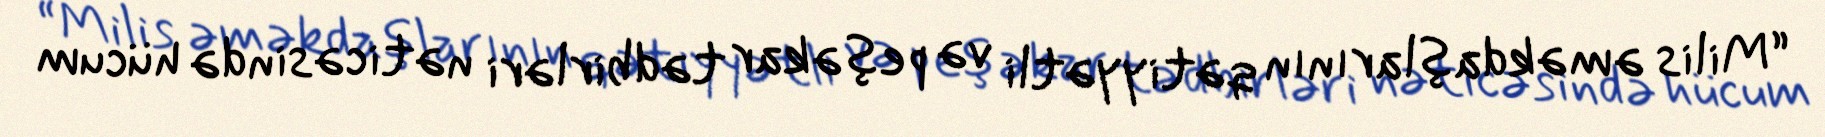
“Milis əməkdaşlarının qətiyyətli və peşəkar tədbirləri nəticəsində hücum